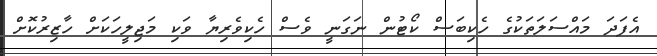
އެފަދަ މައްސަލަތަކުގެ ހެކިބަސް ކޯޓުން ނަގަނީ ވެސް ހެކިވެރިޔާ ވަކި މަޖިލީހަކަށް ހާޒިރުކޮށް